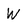
Character: W